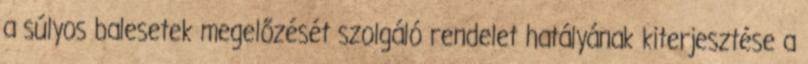
a súlyos balesetek megelőzését szolgáló rendelet hatályának kiterjesztése a